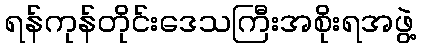
ရန်ကုန်တိုင်းဒေသကြီးအစိုးရအဖွဲ့